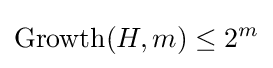
\operatorname {Growth} (H,m)\leq 2^{m}